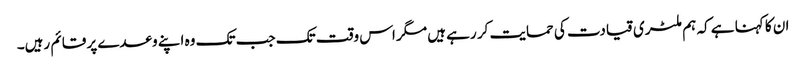
ان کا کہنا ہے کہ ہم ملٹری قیادت کی حمایت کر رہے ہیں مگر اس وقت تک جب تک وہ اپنے وعدے پر قائم رہیں۔